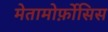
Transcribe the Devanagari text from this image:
मेतामोर्फ़ोसिस